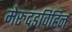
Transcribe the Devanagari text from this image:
मेरुदंडविहिन